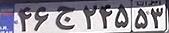
۴۶ج۲۴۵۵۳